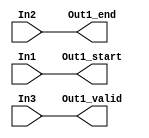
// -------------------------------------------------------------
// 
// 
// Generated by MATLAB 9.13 and HDL Coder 4.0
// 
// -------------------------------------------------------------


// -------------------------------------------------------------
// 
// Module: whdlOFDMTx_Sample_Control_Bus_Creator
// Source Path: whdlOFDMTx/Frame Generator/Data/Data Chain/Create Control Bus/Sample Control Bus Creator
// Hierarchy Level: 6
// 
// -------------------------------------------------------------

`timescale 1 ns / 1 ns

module whdlOFDMTx_Sample_Control_Bus_Creator
          (In1,
           In2,
           In3,
           Out1_start,
           Out1_end,
           Out1_valid);


  input   In1;
  input   In2;
  input   In3;
  output  Out1_start;
  output  Out1_end;
  output  Out1_valid;




  assign Out1_start = In1;

  assign Out1_end = In2;

  assign Out1_valid = In3;

endmodule  // whdlOFDMTx_Sample_Control_Bus_Creator